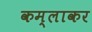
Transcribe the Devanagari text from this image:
कम्लाकर